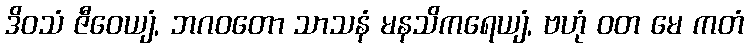
ဒိဝသံ ဇီဝေယျံ, ဘဂဝတော သာသနံ မနသိကရေယျံ, ဗဟုံ ဝတ မေ ကတံ